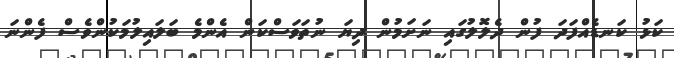
ކަޅު ކަނޑެއްފަދަ ފުން ދެލޮލުގައި ނަށަމުން ދިޔަ ނުތަވަސްކަން އެންމެ ބަލައިލުމަކުންވެސް ފެންނަ